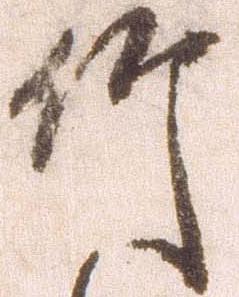
竹